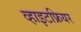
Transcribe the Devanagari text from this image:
व्हाइटफ्रियर